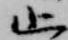
止